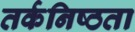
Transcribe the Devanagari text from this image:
तर्कनिष्ठता